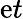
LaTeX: \mathrm{e}t